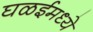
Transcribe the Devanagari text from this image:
घळईमध्ये